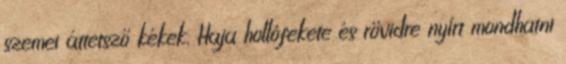
szemei áttetsző kékek. Haja hollófekete és rövidre nyírt mondhatni